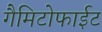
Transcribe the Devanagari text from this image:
गैमिटोफाईट